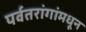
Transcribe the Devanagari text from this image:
पर्वतरांगांमधून